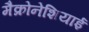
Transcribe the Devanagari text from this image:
मैक्रोनेशियाई